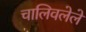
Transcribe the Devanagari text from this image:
चालिवलेले